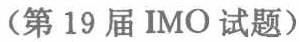
（第19届 IMO 试题）